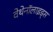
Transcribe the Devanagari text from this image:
वेथेनॉलाइड्स